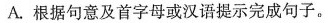
A.根据句意及首字母或汉语提示完成句子。